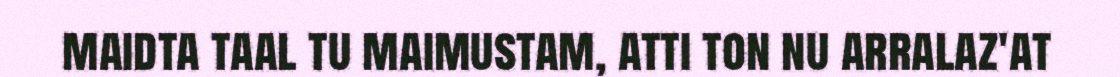
maidta taal tu maimustam, atti ton nu arralaz'at